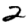
Digit: 2